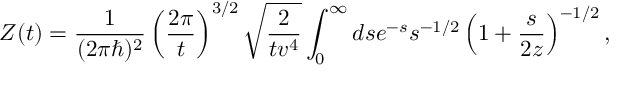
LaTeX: Z ( t ) = { \frac { 1 } { ( 2 \pi \hbar ) ^ { 2 } } } \left( { \frac { 2 \pi } { t } } \right) ^ { 3 / 2 } \sqrt { { \frac { 2 } { t v ^ { 4 } } } } \int _ { 0 } ^ { \infty } d s e ^ { - s } s ^ { - 1 / 2 } \left( 1 + { \frac { s } { 2 z } } \right) ^ { - 1 / 2 } ,